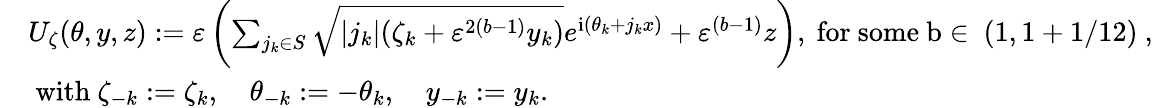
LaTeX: \begin{array}{rl}&{U_{\zeta}(\theta,y,z):=\varepsilon\left(\sum_{j_{k}\in S}\sqrt{|j_{k}|(\zeta_{k}+\varepsilon^{2(b-1)}y_{k})}e^{\mathrm{i}(\theta_{k}+j_{k}x)}+\varepsilon^{(b-1)}z\right),\mathrm{~for~some~b\in~(1,1+1/12)~},}\\ &{\mathrm{~with~}\zeta_{-k}:=\zeta_{k},\quad\theta_{-k}:=-\theta_{k},\quad y_{-k}:=y_{k}.}\end{array}